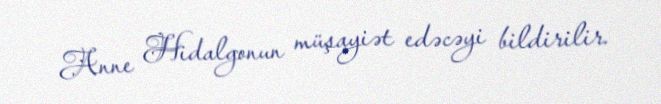
Anne Hidalgonun müşayiət edəcəyi bildirilir.